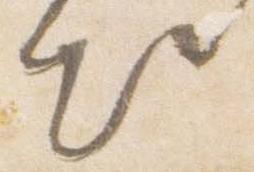
出